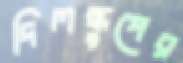
দিলস্কুপের